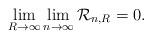
LaTeX: \begin{align*}\lim_{R\to\infty}\lim_{n\to\infty}\mathcal R_{n,R}=0.\end{align*}